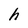
Character: h